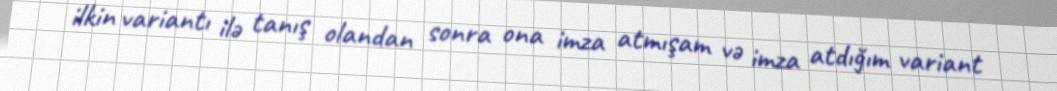
ilkin variantı ilə tanış olandan sonra ona imza atmışam və imza atdığım variant